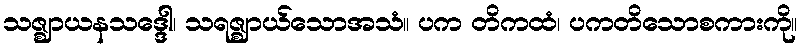
သဇ္ဈာယနသဒ္ဒေါ၊ သရဇ္ဈာယ်သောအသံ။ ပက တိကထံ၊ ပကတိသောစကားကို။